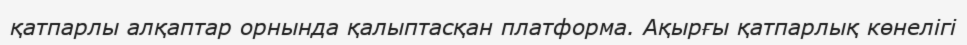
қатпарлы алқаптар орнында қалыптасқан платформа. Ақырғы қатпарлық көнелігі